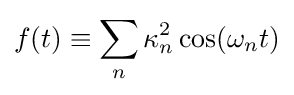
f(t)\equiv \sum _{n}\kappa _{n}^{2}\cos(\omega _{n}t)